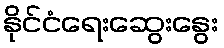
နိုင်ငံရေးဆွေးနွေး